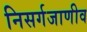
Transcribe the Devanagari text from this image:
निसर्गजाणीव